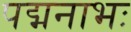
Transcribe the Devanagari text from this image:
पद्मनाभः